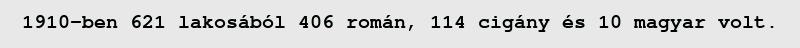
1910-ben 621 lakosából 406 román, 114 cigány és 10 magyar volt.